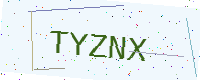
Text: TYZNX